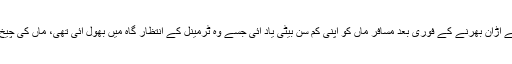
جدہ(ویب ڈیسک) سعودی عرب میں طیارے کے اُڑان بھرنے کے فوری بعد مسافر ماں کو اپنی کم سن بیٹی یاد آئی جسے وہ ٹرمینل کے انتظار گاہ میں بھول آئی تھی، ماں کی چیخ و پکار پر پرواز کو ہنگامی لینڈنگ کرنا پڑی۔